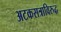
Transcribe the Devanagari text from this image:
अटकसत्राविरुद्ध